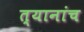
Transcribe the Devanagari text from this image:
त्यानांच